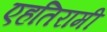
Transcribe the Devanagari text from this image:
एहतिरामी